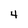
Character: 4